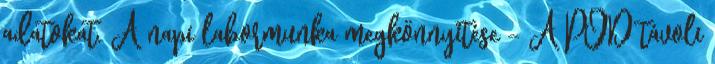
adatokat. A napi labormunka megkönnyítése – A POD távoli